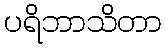
ပရိဘာသိတာ